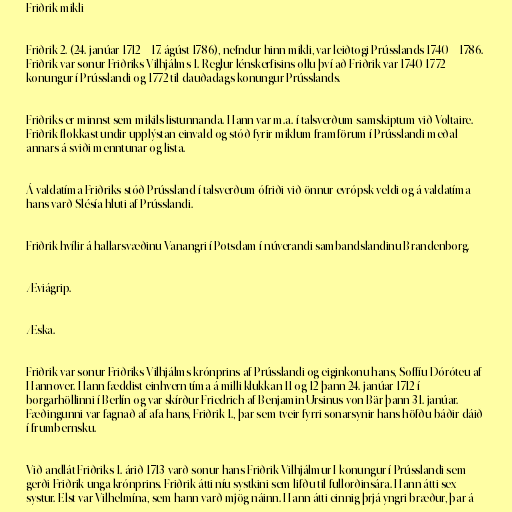
Friðrik mikli

Friðrik 2. (24. janúar 1712 – 17. ágúst 1786), nefndur hinn mikli, var leiðtogi Prússlands 1740 – 1786.
Friðrik var sonur Friðriks Vilhjálms 1. Reglur lénskerfisins ollu því að Friðrik var 1740-1772
konungur í Prússlandi og 1772 til dauðadags konungur Prússlands.

Friðriks er minnst sem mikils listunnanda. Hann var m.a. í talsverðum samskiptum við Voltaire.
Friðrik flokkast undir upplýstan einvald og stóð fyrir miklum framförum í Prússlandi meðal
annars á sviði menntunar og lista.

Á valdatíma Friðriks stóð Prússland í talsverðum ófriði við önnur evrópsk veldi og á valdatíma
hans varð Slésía hluti af Prússlandi.

Friðrik hvílir á hallarsvæðinu Vanangri í Potsdam í núverandi sambandslandinu Brandenborg.

Æviágrip.

Æska.

Friðrik var sonur Friðriks Vilhjálms krónprins af Prússlandi og eiginkonu hans, Soffíu Dóróteu af
Hannover. Hann fæddist einhvern tíma á milli klukkan 11 og 12 þann 24. janúar 1712 í
borgarhöllinni í Berlín og var skírður Friedrich af Benjamin Ursinus von Bär þann 31. janúar.
Fæðingunni var fagnað af afa hans, Friðrik 1., þar sem tveir fyrri sonarsynir hans höfðu báðir dáið
í frumbernsku.

Við andlát Friðriks 1. árið 1713 varð sonur hans Friðrik Vilhjálmur I konungur í Prússlandi sem
gerði Friðrik unga krónprins. Friðrik átti níu systkini sem lifðu til fullorðinsára. Hann átti sex
systur. Elst var Vilhelmína, sem hann varð mjög náinn. Hann átti einnig þrjá yngri bræður, þar á